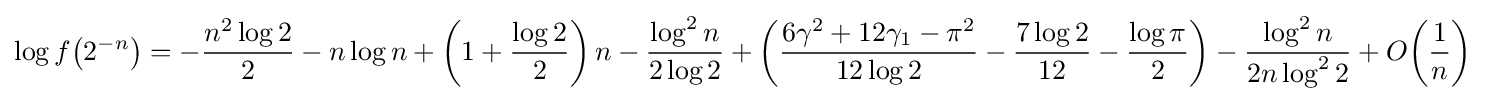
\log f\!\left(2^{-n}\right)=-{\frac {n^{2}\log 2}{2}}-n\log n+\left(1+{\frac {\log 2}{2}}\right)n-{\frac {\log ^{2}n}{2\log 2}}+\left({\frac {6\gamma ^{2}+12\gamma _{1}-\pi ^{2}}{12\log 2}}-{\frac {7\log 2}{12}}-{\frac {\log \pi }{2}}\right)-{\frac {\log ^{2}n}{2n\log ^{2}2}}+O\!\left({\frac {1}{n}}\right)